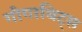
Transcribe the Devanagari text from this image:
गीगाबिट्स